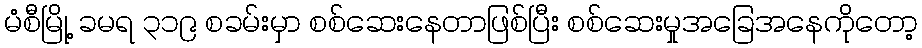
မံစီမြို့ ခမရ ၃၁၉ စခမ်းမှာ စစ်ဆေးနေတာဖြစ်ပြီး စစ်ဆေးမှုအခြေအနေကိုတော့